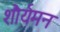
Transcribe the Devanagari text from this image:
शौर्यमन